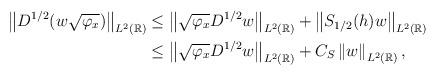
LaTeX: \begin{align*}\left\|D^{1/2} (w \sqrt{\varphi_{x}}) \right\|_{L^{2}(\mathbb{R})} &\le \left\|\sqrt{\varphi_{x}} D^{1/2} w \right\|_{L^{2}(\mathbb{R})} + \left\| S_{1/2}(h) w \right\|_{L^{2}(\mathbb{R})} \\&\le \left\|\sqrt{\varphi_{x}} D^{1/2} w \right\|_{L^{2}(\mathbb{R})} + C_{S} \left\| w \right\|_{L^{2}(\mathbb{R})},\end{align*}